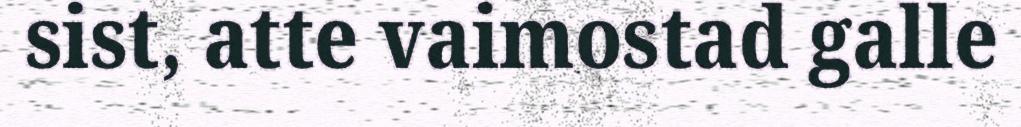
sist, atte vaimostad galle